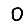
Digit: 0